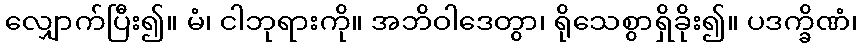
လျှောက်ပြီး၍။ မံ၊ ငါဘုရားကို။ အဘိဝါဒေတွာ၊ ရိုသေစွာရှိခိုး၍။ ပဒက္ခိဏံ၊